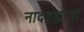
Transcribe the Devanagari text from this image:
नादब्रह्माची